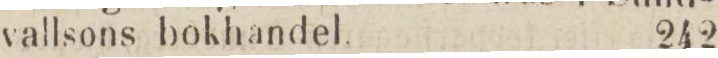
vallsons bokhandel.    242